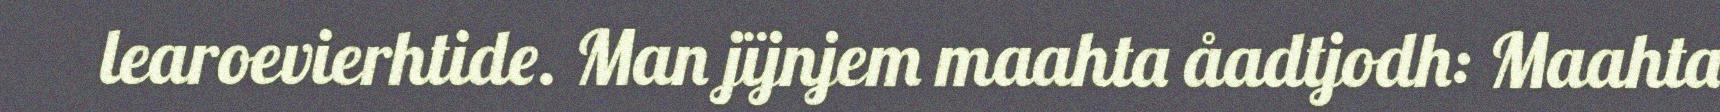
learoevierhtide. Man jïjnjem maahta åadtjodh: Maahta